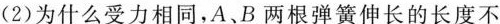
(2)为什么受力相同，A、B两根弹簧伸长的长度不